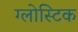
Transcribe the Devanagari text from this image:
ग्लोस्टिक